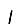
Digit: 1